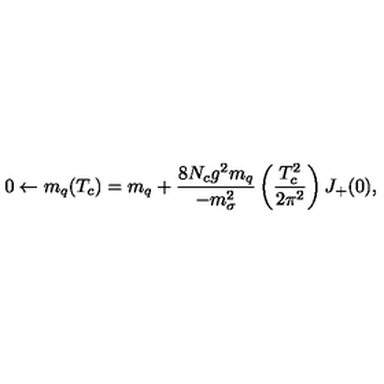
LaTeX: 0 \leftarrow m _ { q } ( T _ { c } ) = m _ { q } + \frac { 8 N _ { c } g ^ { 2 } m _ { q } } { - m _ { \sigma } ^ { 2 } } \left( \frac { T _ { c } ^ { 2 } } { 2 \pi ^ { 2 } } \right) J _ { + } ( 0 ) ,